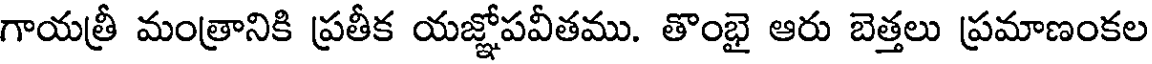
గాయత్రీ మంత్రానికి ప్రతీక యజ్ఞోపవీతము. తొంభై ఆరు బెత్తలు ప్రమాణంకల